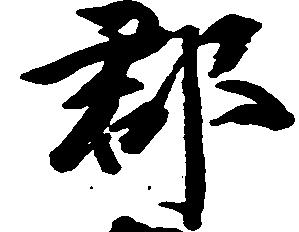
郡